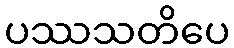
ပဿသတိပေ